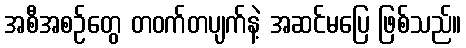
အစီအစဉ်တွေ တဝက်တပျက်နဲ့ အဆင်မပြေ ဖြစ်သည်။